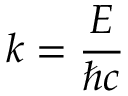
k = { \frac { E } { \hbar c } }